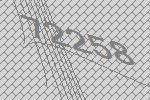
72258